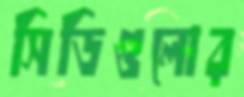
সিডিগুলোর